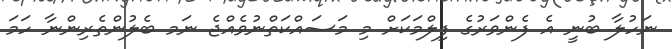
ނަހުލާ ބުނީ އެ ފެންވަރުގެ ފިލްމަކަށް މި މަސައްކަތްނުވެއްޖެ ނަަމ ބެލުންތެރިންނާ ހަމަ